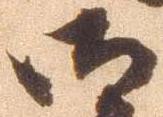
御